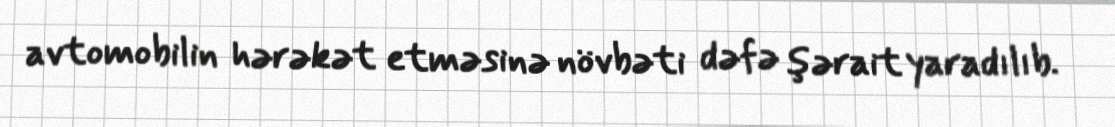
avtomobilin hərəkət etməsinə növbəti dəfə şərait yaradılıb.